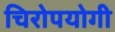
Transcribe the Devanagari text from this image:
चिरोपयोगी